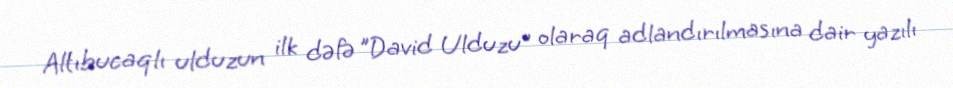
Altıbucaqlı ulduzun ilk dəfə "David Ulduzu" olaraq adlandırılmasına dair yazılı